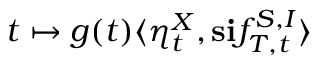
t \mapsto g ( t ) \langle \eta _ { t } ^ { X } , \mathbf { s } \mathbf { i } f _ { T , t } ^ { S , I } \rangle